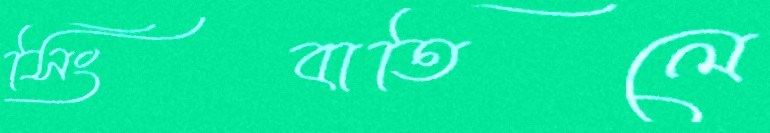
সিংবাতিলে